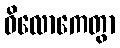
ဝိလောကေတွာ